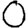
Digit: 0